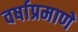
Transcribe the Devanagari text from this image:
वर्षाप्रमाणे